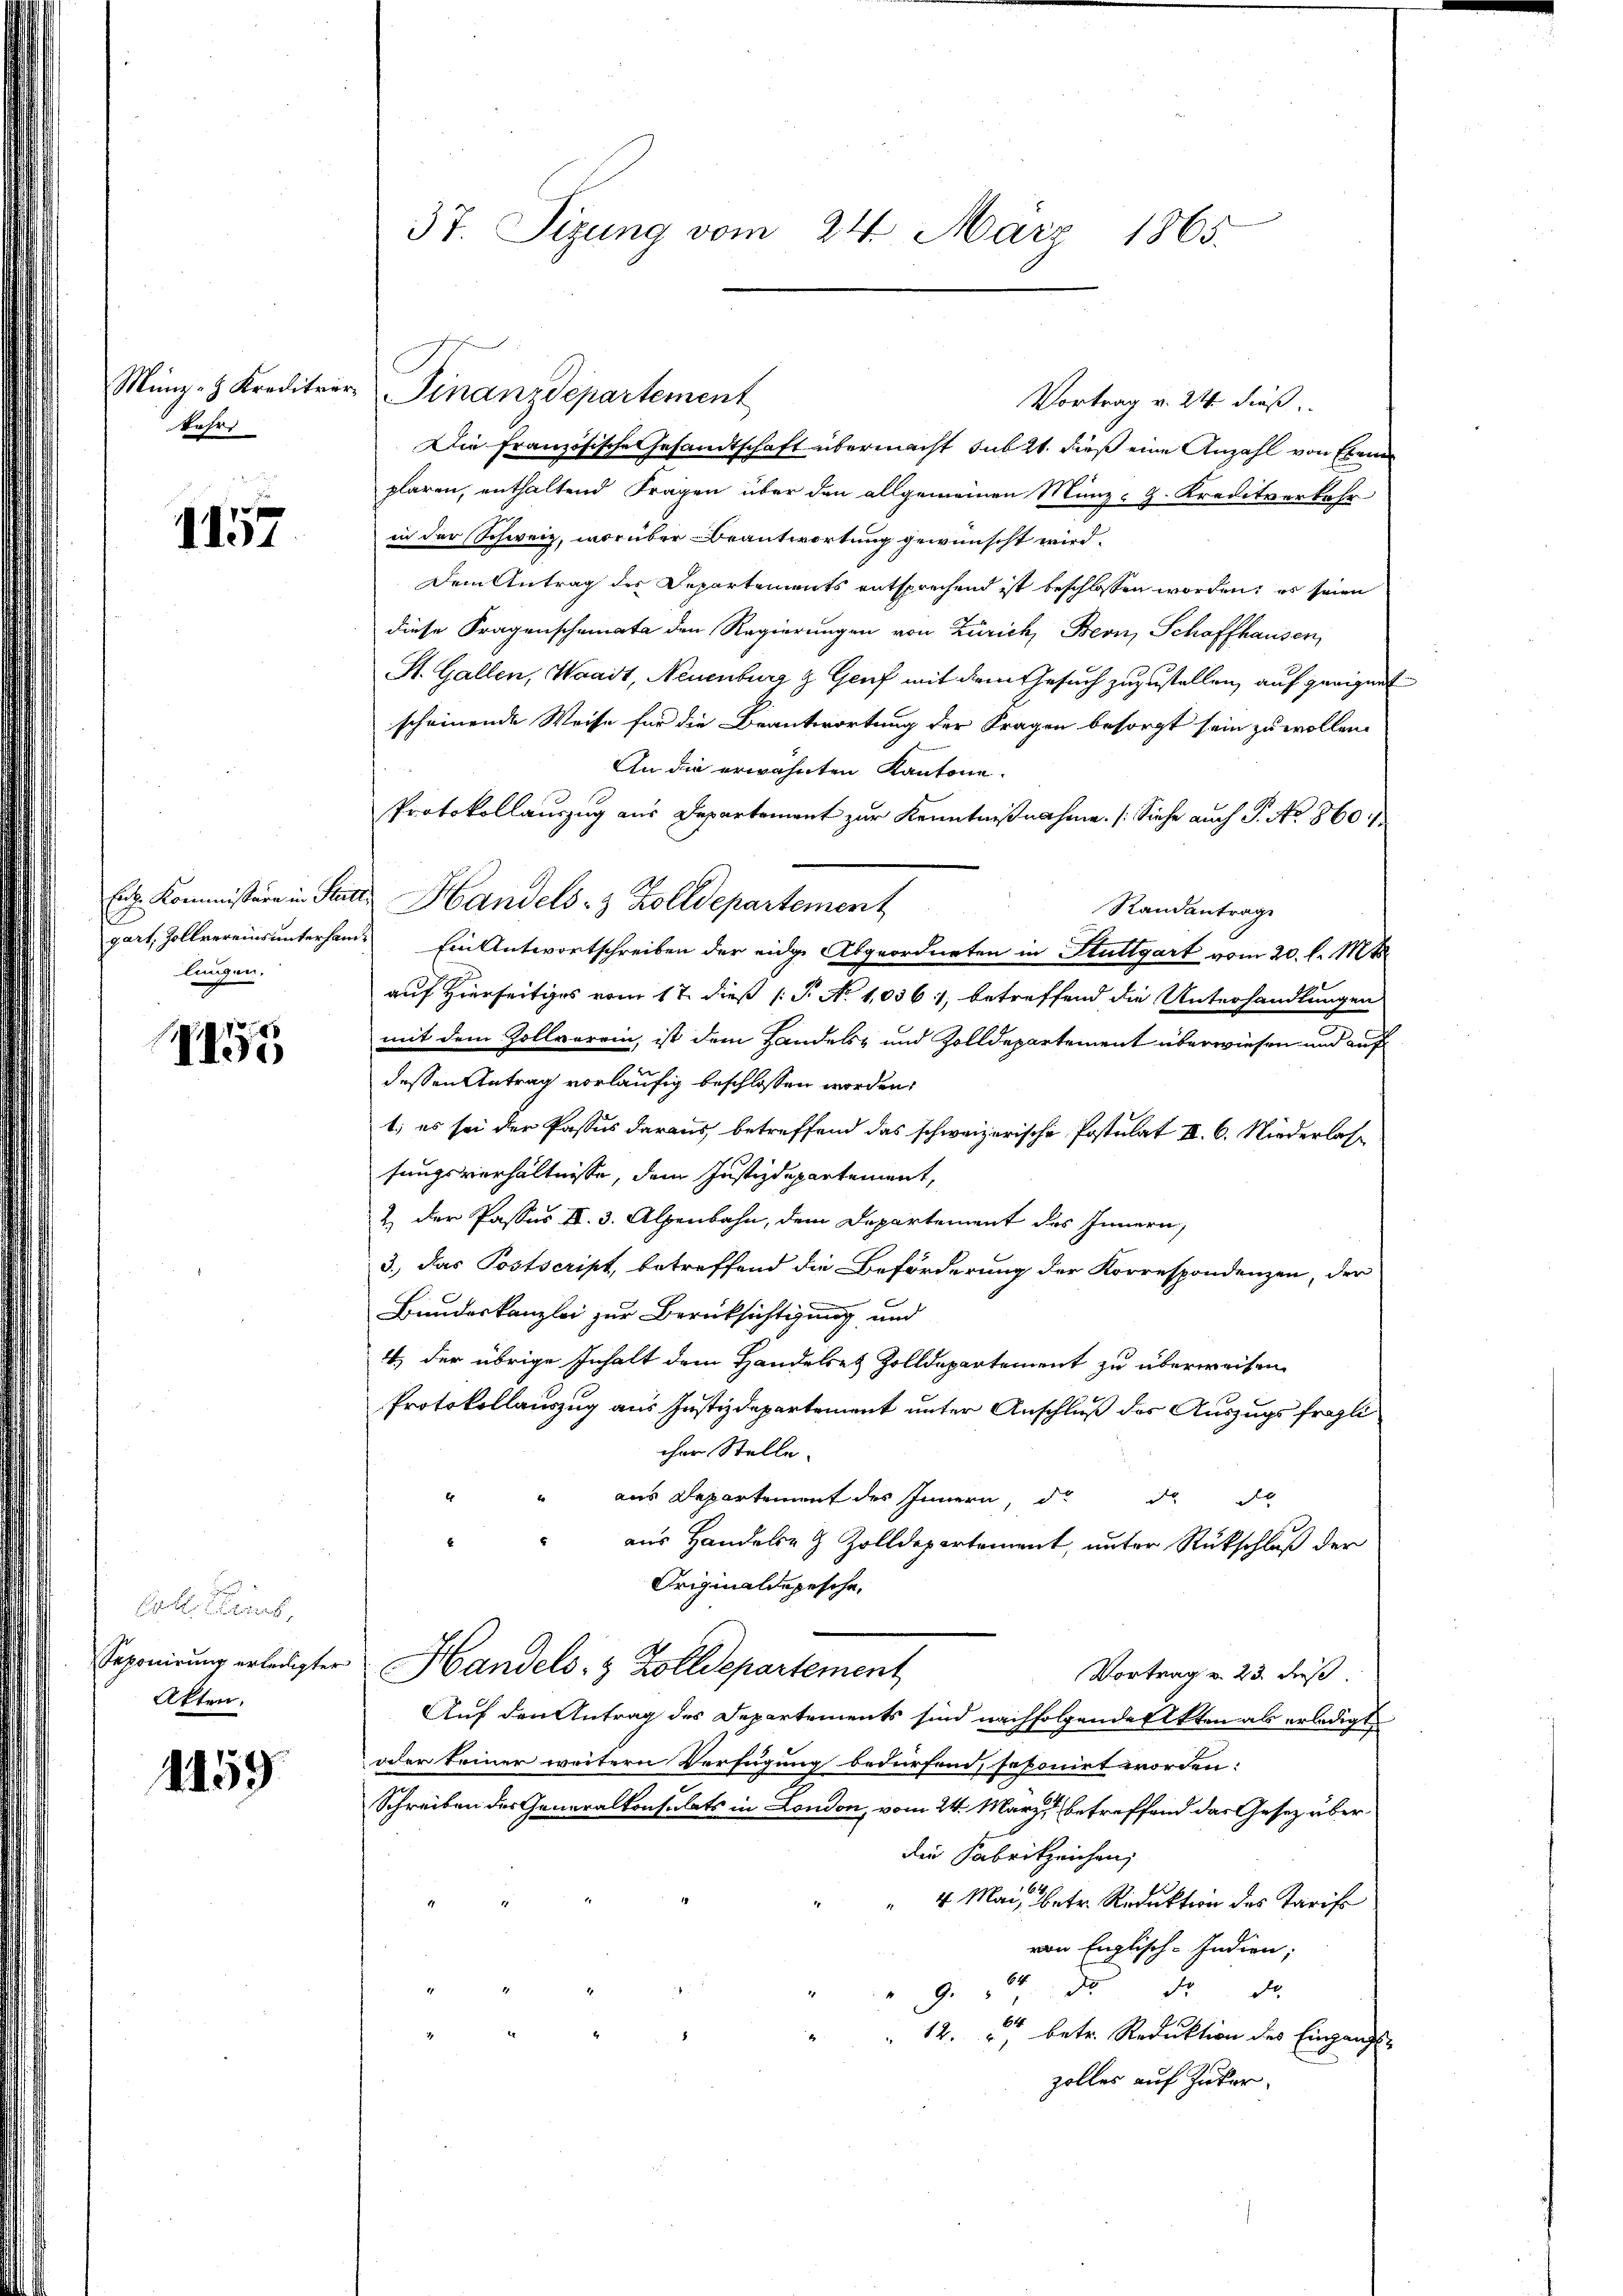
Münz- & Kreditver
Jahr

1157

Ent. Kommissäre in Statt
gart, Zollvereins unterhanlingen,

155

Colle Reus
Seponirung erledigter
Akten.

1459

37. Sizung vom 24. März 1865.

Vortrag v. 24 dieß.
Die französische Gesandtschaft übermacht sub 21. dieß eine Anzahl von Eben
plaren, enthaltend Fragen über den allgemeinen Münz- G. Kreditverkehr
in der Schweiz, worüber Beantwortung gewünscht wird.
Dem Antrag des Departements entsprechend ist beschlossen worden; es seien
diese Fragenscheinata den Regierungen von Zürich, Bern, Schaffhausen,
St. Gallen, Waadt, Neuenburg & Genf mit dem Gesuch zuzustellen, auf geeignet
scheinende Weise für die Beantwortung der Fragen besorgt sein zu wollen.
An die erwähnten Kantone.
Protokollauszug aus Departement zur Kenntnißnahme. (Siehe auch P. No. 860
Randantrage
 Ein Antwortschreiben der eidge Abgeordneten in Stuttgart vom 20. l. Mts
auf Hierseitiges vom 17. dieß P. N. 10361, betreffend die Unterhandlungen
mit dem Zollvorrin, ist dem Handels- und Zolldepartement überwiesen und auf
dessen Antrag vorläufig beschlossen worden.
1; es sei der Passus daraus, betreffend das schweizerische Postulat II. 6. Niederlasfungsverhältnisse, dem Justizdepartement,
2 der Passus II. 3. Alpenbahn, dem Departement des Innern,
3.) Das Postscript, betreffend die Beförderung der Korrespondenzen, der
Bundeskanzlei zur Berücksichtigung und
4, der übrige Inhalt dem Handersetz Zolldepartement zu überweisen
Protokollauszug aus Justizdepartement unter Anschluß des Auszugsfragli
cher Stelle.
" aus Departement des Innern, d. da da
aus Handels- & Zolldepartement, unter Rückschluß der
Originaldepeschr.
Handels- & Zolldepartement
Vortrag v. 23. dieß.
Auf den Antrag des Departements sind nachfolgende Akten als erledigt
oder keiner weitern Verfügung bedürfend, seponirt worden:
Schreiben des Generalkonsulats in London, vom 24. März betreffend das Gesetz überdie Fabrikzeichen,
4 Mai, betr. Reduktion des Tarife
von Englisch-Indien;
" 9. d. d. d.
12. betr. Reduktion des Eingangs-
zolles auf Zuker¬

Finanzdepartement

Handels- & Zolldepartement